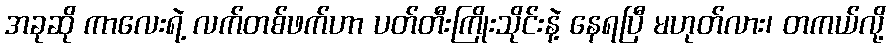
အခုဆို ကာလေးရဲ့ လက်တစ်ဖက်ဟာ ပတ်တီးကြိုးသိုင်းနဲ့ နေရပြီ မဟုတ်လား၊ တကယ်လို့